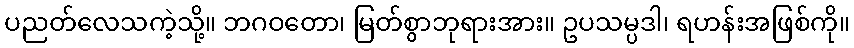
ပညတ်လေသကဲ့သို့။ ဘဂဝတော၊ မြတ်စွာဘုရားအား။ ဥပသမ္ပဒါ၊ ရဟန်းအဖြစ်ကို။